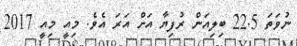
ނުވަތަ 22.5 ބިލިއަން ރުފިޔާ އަށް އަރަ އެވެ. މިއީ މިއީ 2017